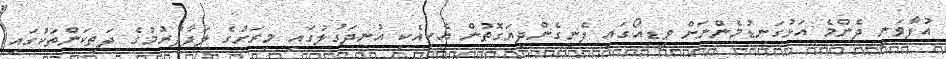
އުފާވަނީ ދެންމެ އަޅުގަނޑުމެންނަށް ވީޑިއޯގައި ފެނިގެންދިޔަގޮތުން އެކިއެކި އުނދަގުލުގައި މިރަށުގެ ލަފާފުރުމުގެ ދަތިކަންތަކުގައި